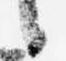
言